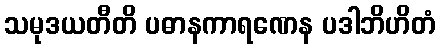
သမုဒယတီတိ ပဓာနကာရဏေန ပဒါဘိဟိတံ